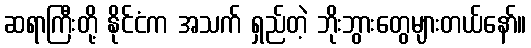
ဆရာကြီးတို့ နိုင်ငံက အသက် ရှည်တဲ့ ဘိုးဘွားတွေများတယ်နော်။